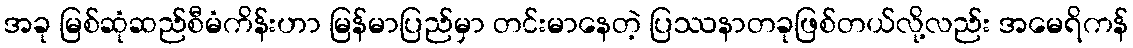
အခု မြစ်ဆုံဆည်စီမံကိန်းဟာ မြန်မာပြည်မှာ တင်းမာနေတဲ့ ပြဿနာတခုဖြစ်တယ်လို့လည်း အမေရိကန်